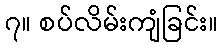
၇။ စပ်လိမ်းကျံခြင်း။